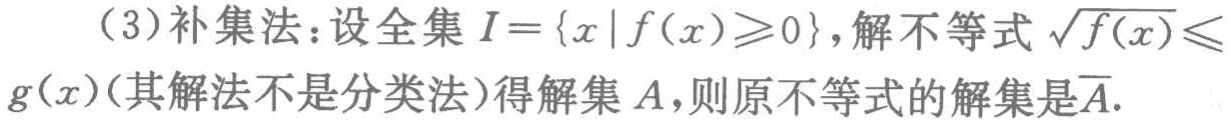
（3）补集法：设全集\(I = \{x\mid f(x)\geqslant0\}\)，解不等式\(\sqrt{f(x)}\leqslant g(x)\)（其解法不是分类法）得解集\(A\)，则原不等式的解集是\(\overline{A}\).